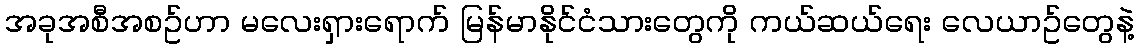
အခုအစီအစဥ်ဟာ မလေးရှားရောက် မြန်မာနိုင်ငံသားတွေကို ကယ်ဆယ်ရေး လေယာဥ်တွေနဲ့